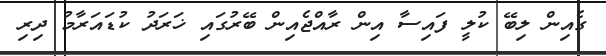
ގެއިން ލިބޭ ކުލީ ފައިސާ އިން ރާއްޖެއިން ބޭރުގައި ޚަރަދު ކުޑައަރާމު ދިރި